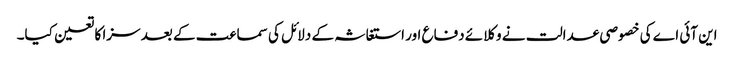
این آئی اے کی خصوصی عدالت نے وکلائے دفاع اور استغاثہ کے دلائل کی سماعت کے بعد سزا کا تعین کیا۔